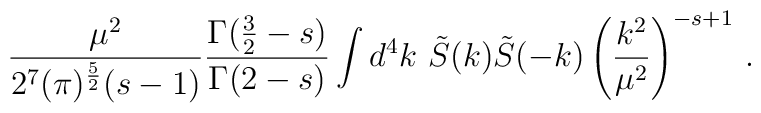
\frac{\mu^{2}}{2^7(\pi)^{\frac52}(s-1)}\frac{\Gamma(\frac32-s)}{\Gamma(2-s)} \int d^{4}k\ \tilde S(k)\tilde S(-k)\left(\frac{k^2}{\mu^2}\right)^{-s+1} \,.